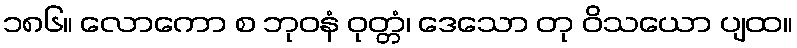
၁၈၆။ လောကော စ ဘုဝနံ ဝုတ္တံ၊ ဒေသော တု ဝိသယော ပျထ။